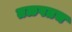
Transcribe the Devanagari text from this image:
तळपतच